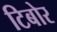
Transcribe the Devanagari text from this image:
टिबोर